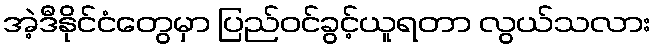
အဲ့ဒီနိုင်ငံတွေမှာ ပြည်ဝင်ခွင့်ယူရတာ လွယ်သလား